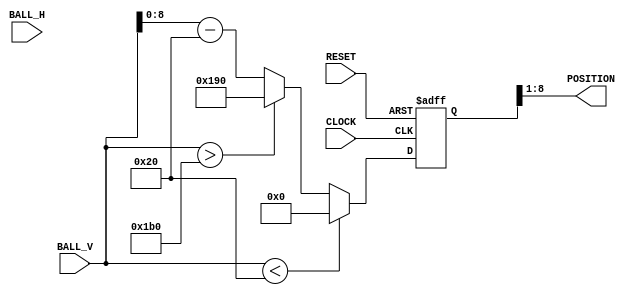
module ai (
    CLOCK, 
    RESET,
    POSITION,
    BALL_H,
    BALL_V
);
    input CLOCK, RESET;
    input [10:0] BALL_H;
    input [10:0] BALL_V;
    output [7:0] POSITION;
    
    reg [10:0] paddle;
    
    
    // Just follow the ball.
    always @ (posedge CLOCK or posedge RESET) begin
        if (RESET) begin
            paddle <= 0;
        end else begin
            if (BALL_V < 11'd32) begin
                // top of the screen
                paddle <= 0;
            end else if (BALL_V > 11'd432) begin
                // bottom of the screen
                paddle <= 11'd400;
            end else begin
                // Center on the ball
                paddle <= BALL_V - 11'd32;
            end
        end
    end
    
/*
    reg [27:0] timer;
    always @ (posedge CLOCK or posedge RESET) begin
        if (RESET) begin
            timer <= 0;
        end else begin
            if (timer == 28'd500000) begin
                timer <= 0;
            end else begin
                timer <= timer + 1;
            end
        end 
    end
*/  
    
    wire [10:0] final_paddle_pos = paddle >> 1; // divide by two to fit in the byte of the POSITION (2px resolution)
    assign POSITION = final_paddle_pos[7:0]; 
    
endmodule